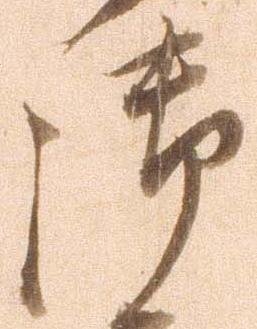
御